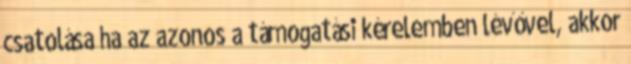
csatolása ha az azonos a támogatási kérelemben lévővel, akkor